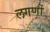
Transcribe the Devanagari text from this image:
लगणों